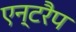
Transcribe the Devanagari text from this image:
एन्टरैप